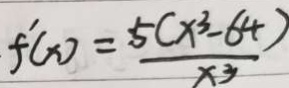
f ^ { \prime } ( x ) = \frac { 5 ( x ^ { 3 } - 6 4 ) } { x ^ { 3 } }